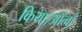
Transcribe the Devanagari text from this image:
किया।आँत्वाँ